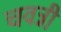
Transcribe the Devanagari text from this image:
चवन्नी